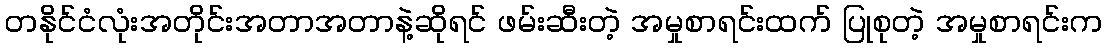
တနိုင်ငံလုံးအတိုင်းအတာအတာနဲ့ဆိုရင် ဖမ်းဆီးတဲ့ အမှုစာရင်းထက် ပြုစုတဲ့ အမှုစာရင်းက